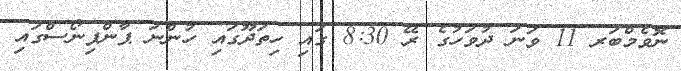
ނޮވެމްބަރ 11 ވަނަ ދުވަހުގެ ރޭ 8:30 ގައި ހިތަދޫގައި ހުންނަ ޕާންޕިނޯސްގައި